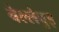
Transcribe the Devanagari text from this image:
बेल्लेवुइ